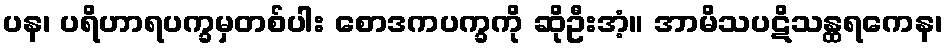
ပန၊ ပရိဟာရပက္ခမှတစ်ပါး စောဒကပက္ခကို ဆိုဦးအံ့။ အာမိသပဋိသန္ထရကေန၊